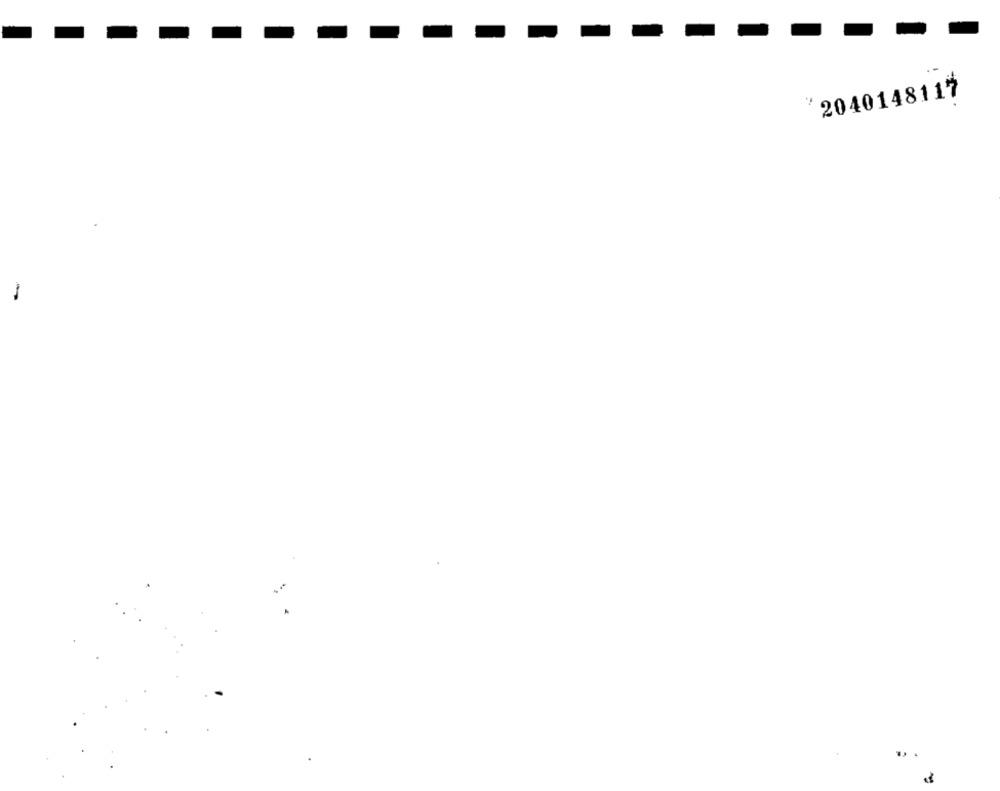
2040148117